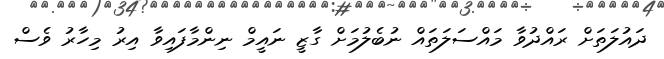
ދައުލަތަށް ރައްދުވާ މައްސަލަތައް ނުބެލުމަށް ގާޒީ ނައީމް ނިންމާފައިވާ އިރު މިހާރު ވެސް